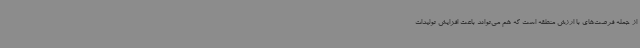
از جمله فرصت‌های با ارزش منطقه است که هم می‌تواند باعث افزایش تولیدات